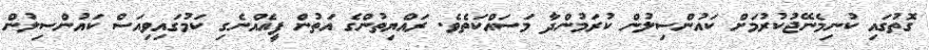
ގޮތުގައި ކުނިމެނޭޖުކުރުމަށް ކައުންސިލުން ކުރަމުންދާ މަސައްކަތެވެ. ރައްޔިތުންގެ އަތުން ފީއެއްނެގި ކަމުގައިވިއަސް ކައުންސިލުން